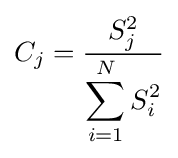
C_{j}={\frac {S_{j}^{2}}{\displaystyle \sum _{i=1}^{N}S_{i}^{2}}}